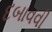
દબાવવી